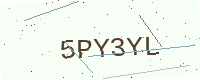
Text: 5PY3YL